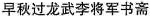
早秋过龙武李将军书斋